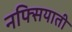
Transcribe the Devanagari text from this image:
नफ्सियाती